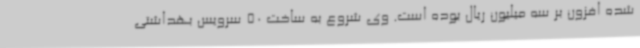
شده افزون بر سه میلیون ریال بوده است. وی شروع به ساخت 50 سرویس بهداشتی